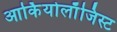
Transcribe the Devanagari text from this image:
आर्कियोलाॅजिस्ट